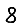
Digit: 8